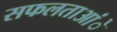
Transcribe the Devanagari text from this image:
सफलताआंे